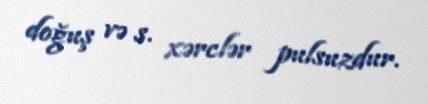
doğuş və s. xərclər pulsuzdur.